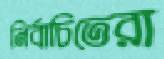
নির্বাচিতেরা